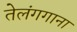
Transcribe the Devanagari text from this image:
तेलंगगाना